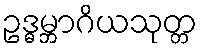
ဥဒ္ဓမ္ဘာဂိယသုတ္တ